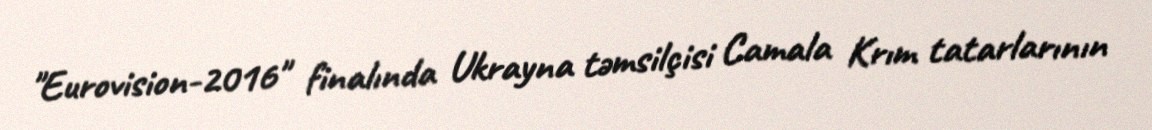
"Eurovision-2016" finalında Ukrayna təmsilçisi Camala Krım tatarlarının